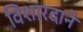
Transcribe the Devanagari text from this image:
विशारदाने